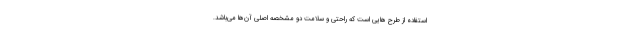
استفاده از طرح هایی است که راحتی و سلامت دو مشخصه اصلی آن‌ها می‌باشد.